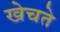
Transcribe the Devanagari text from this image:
खेचते